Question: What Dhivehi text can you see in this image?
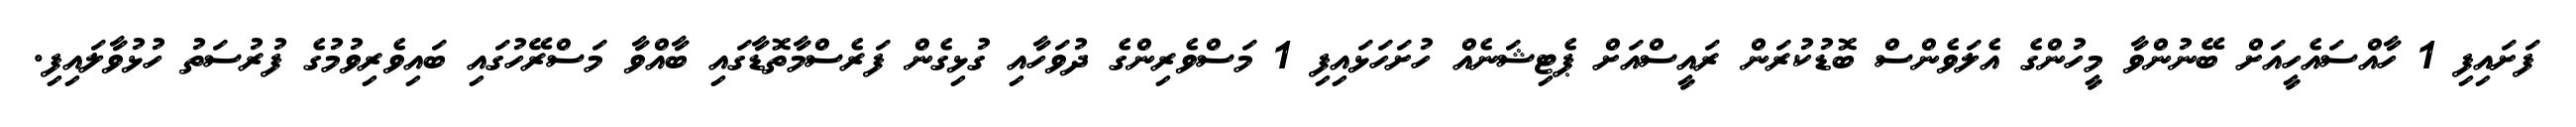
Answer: ފަށައިފި 1 ހާއްސައެހީއަށް ބޭނުންވާ މީހުންގެ އެލަވެންސް ބޮޑުކުރަން ރައީސްއަށް ޕެޓިޝަނެއް ހުށަހަޅައިފި 1 މަސްވެރިންގެ ދުވަހާއި ގުޅިގެން ފަރެސްމާތޮޑާގައި ބާއްވާ މަސްރޭހުގައި ބައިވެރިވުމުގެ ފުރުސަތު ހުޅުވާލައިފި.